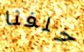
خلفنا